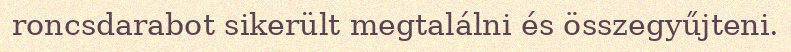
roncsdarabot sikerült megtalálni és összegyűjteni.